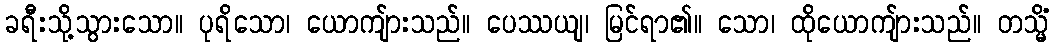
ခရီးသို့သွားသော။ ပုရိသော၊ ယောကျ်ားသည်။ ပေဿယျ၊ မြင်ရာ၏။ သော၊ ထိုယောကျ်ားသည်။ တသ္မိံ